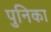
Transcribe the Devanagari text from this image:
पुनिका